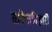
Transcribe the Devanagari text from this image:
साकेतविहारी